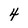
Character: 4